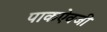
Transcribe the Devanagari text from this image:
पाकऐवजी